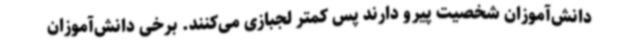
دانش‌آموزان شخصیت پیرو دارند پس کمتر لجبازی می‌کنند. برخی دانش‌آموزان